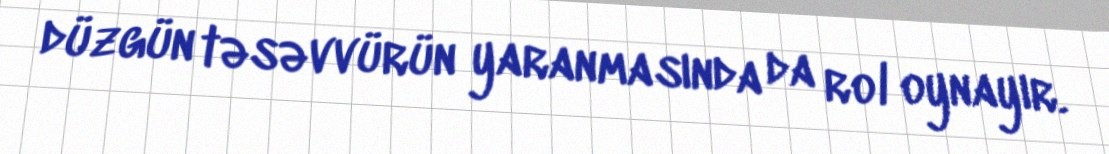
düzgün təsəvvürün yaranmasında da rol oynayır.